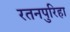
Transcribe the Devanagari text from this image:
रतनपुरिहा